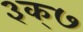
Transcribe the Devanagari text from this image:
३क्७